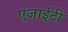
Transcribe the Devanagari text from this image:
एंजाईटी